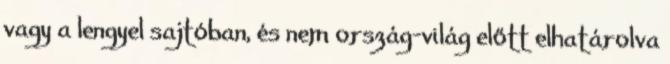
vagy a lengyel sajtóban, és nem ország-világ előtt elhatárolva